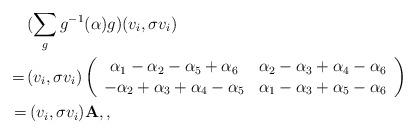
LaTeX: \begin{align*}&(\sum_g g^{-1}(\alpha)g)(v_i,\sigma v_i)\\=\,&(v_i,\sigma v_i)\left(\begin{array}{cc}\alpha_1-\alpha_2-\alpha_5+\alpha_6&\alpha_2-\alpha_3+\alpha_4-\alpha_6\\-\alpha_2+\alpha_3+\alpha_4-\alpha_5&\alpha_1-\alpha_3+\alpha_5-\alpha_6\end{array}\right)\\=&\,(v_i,\sigma v_i){\bf{A}}, ,\end{align*}